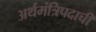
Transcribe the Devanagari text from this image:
अर्थमंत्रिपदाची